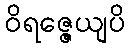
ဝိရဇ္ဇေယျပိ